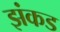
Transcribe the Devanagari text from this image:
झंकड